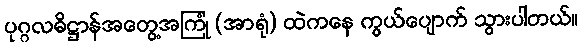
ပုဂ္ဂလဓိဋ္ဌာန်အတွေ့အကြုံ (အာရုံ) ထဲကနေ ကွယ်ပျောက် သွားပါတယ်။